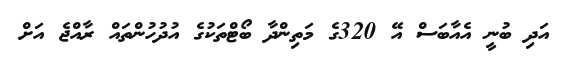
އަދި ބުނީ އެއާބަސް އޭ 320ގެ މަތިންދާ ބޯޓްތަކުގެ އުދުހުންތައް ރާއްޖެ އަށް